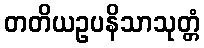
တတိယဥပနိသာသုတ္တံ